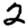
Digit: 2